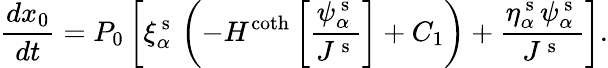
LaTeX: \frac{dx_{0}}{dt}=P_{0}\left[\xi_{\alpha}^{\mathrm{~s~}}\left(-H^{\coth}\left[\frac{\psi_{\alpha}^{\mathrm{~s~}}}{J^{\mathrm{~s~}}}\right]+C_{1}\right)+\frac{\eta_{\alpha}^{\mathrm{~s~}}\psi_{\alpha}^{\mathrm{~s~}}}{J^{\mathrm{~s~}}}\right].